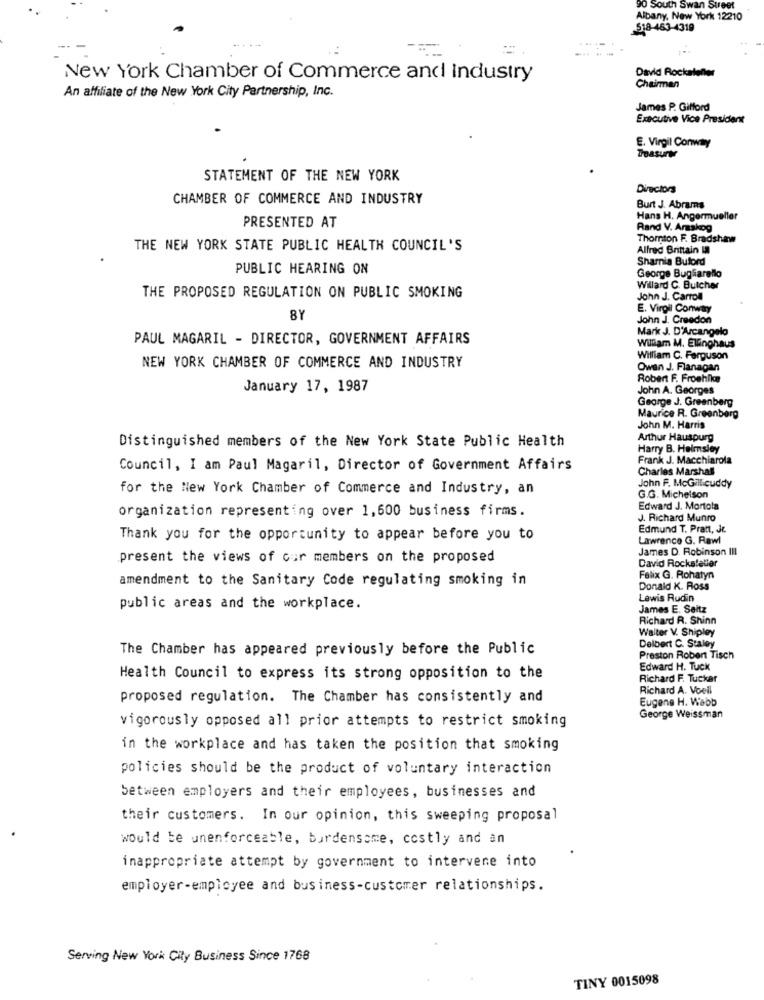
90 South Swan Street
Albany, New York 12210
518-463-4319
New York Chamber of Commerce and Industry
David Rockaleller
An affiliate of the New York City Partnership, Inc.
Chairman
James P. Gifford
Executive Vice President
E. Virgil Conway
Treasury
STATEMENT OF THE NEW YORK
Directors
CHAMBER OF COMMERCE AND INDUSTRY
Burt J. Abrams
Hans H. Angermueller
PRESENTED AT
Rand V. Araskog
Thornton F. Bradshaw
THE NEW YORK STATE PUBLIC HEALTH COUNCIL'S
Alfred Brittain IM
Sharnia Buford
PUBLIC HEARING ON
George Bugliarello
Willard C. Butcher
THE PROPOSED REGULATION ON PUBLIC SMOKING
John J. Carroll
E. Virgil Conway
8Y
John J. Creedon
Mark J. D'Arcangelo
PAUL MAGARIL - DIRECTOR, GOVERNMENT AFFAIRS
William M. Ellinghaus
William C. Ferguson
NEW YORK CHAMBER OF COMMERCE AND INDUSTRY
Owen J. Flanagan
Robert F. Froehllan
January 17, 1987
John A. Georges
George J. Greenberg
Maurice R. Greenberg
John M. Harris
Distinguished members of the New York State Public Health
Arthur Hauspurg
Harry B. Helmsley
Frank J. Macchiarola
Council, I am Paul Magaril, Director of Government Affairs
Charles Marshall
for the New York Chamber of Commerce and Industry, an
John F. McGillicuddy
G.G. Michelson
organization representing over 1,600 business firms.
Edward J. Mortola
J. Richard Munro
Edmund T. Pratt, Je.
Thank you for the opportunity to appear before you to
Lawrence G. Rawl
James D. Robinson III
present the views of our members on the proposed
David Rockstelle
amendment to the Sanitary Code regulating smoking in
Felix G. Rohatyn
Donald K. Ross
Lewis Rudin
public areas and the workplace.
James E. Seitz
Richard R. Shinn
Walter V. Shipley
The Chamber has appeared previously before the Public
Delbert C. Staley
Preston Robert Tisch
Edward H. Tuck
Health Council to express its strong opposition to the
Richard F. Tucker
Richard A. Voell
proposed regulation. The Chamber has consistently and
Eugene H. Webb
vigorously opposed all prior attempts to restrict smoking
George Weissman
in the workplace and has taken the position that smoking
policies should be the product of voluntary interaction
between employers and their employees, businesses and
their customers. In our opinion, this sweeping proposal
would be unenforceable, burdensome, costly and an
inappropriate attempt by government to intervene into
employer-employee and business-customer relationships.
Serving New York City Business Since 1768
TINY 0015098